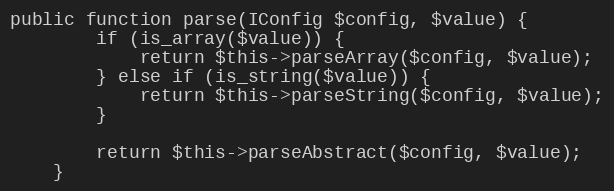
Language: PHP
public function parse(IConfig $config, $value) {
        if (is_array($value)) {
            return $this->parseArray($config, $value);
        } else if (is_string($value)) {
            return $this->parseString($config, $value);
        }

        return $this->parseAbstract($config, $value);
    }